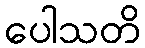
ပေါသတိ